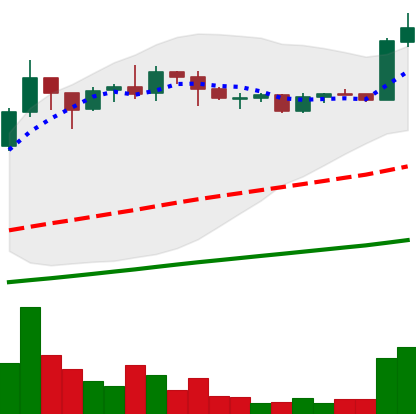
Ticker: ADA-USD
Chart end date: 2020-07-26
Forward return: -6.286%
Label: down_5_7